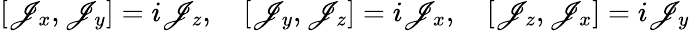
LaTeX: [\mathscr{J}_{x},\mathscr{J}_{y}]=i\mathscr{J}_{z},\quad[\mathscr{J}_{y},\mathscr{J}_{z}]=i\mathscr{J}_{x},\quad[\mathscr{J}_{z},\mathscr{J}_{x}]=i\mathscr{J}_{y}